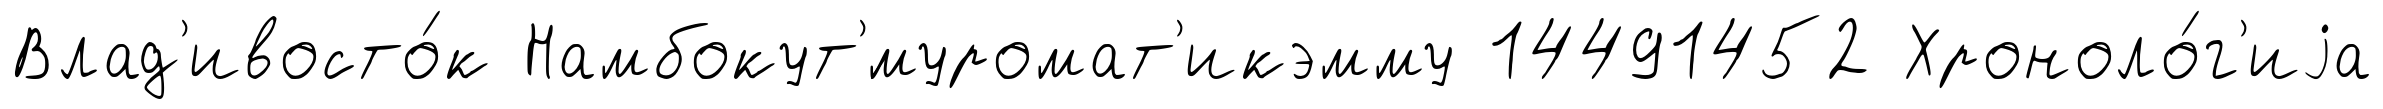
Влад'ивосто́к Намбокут'́муромат'икэмму 14491452 Хроноло́г'иjа